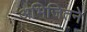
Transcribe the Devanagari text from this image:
अभिजितने